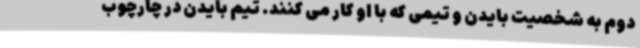
دوم به شخصیت بایدن و تیمی که با او کار می کنند. تیم بایدن در چارچوب